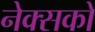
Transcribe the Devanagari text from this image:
नेक्सको